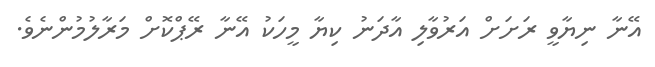
އޭނާ ނިޔާވީ ރަށަށް އަރުވާލި އާދަނު ކިޔާ މީހަކު އޭނާ ރޭޕްކޮށް މަރާލުމުންނެވެ.